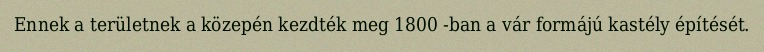
Ennek a területnek a közepén kezdték meg 1800 -ban a vár formájú kastély építését.